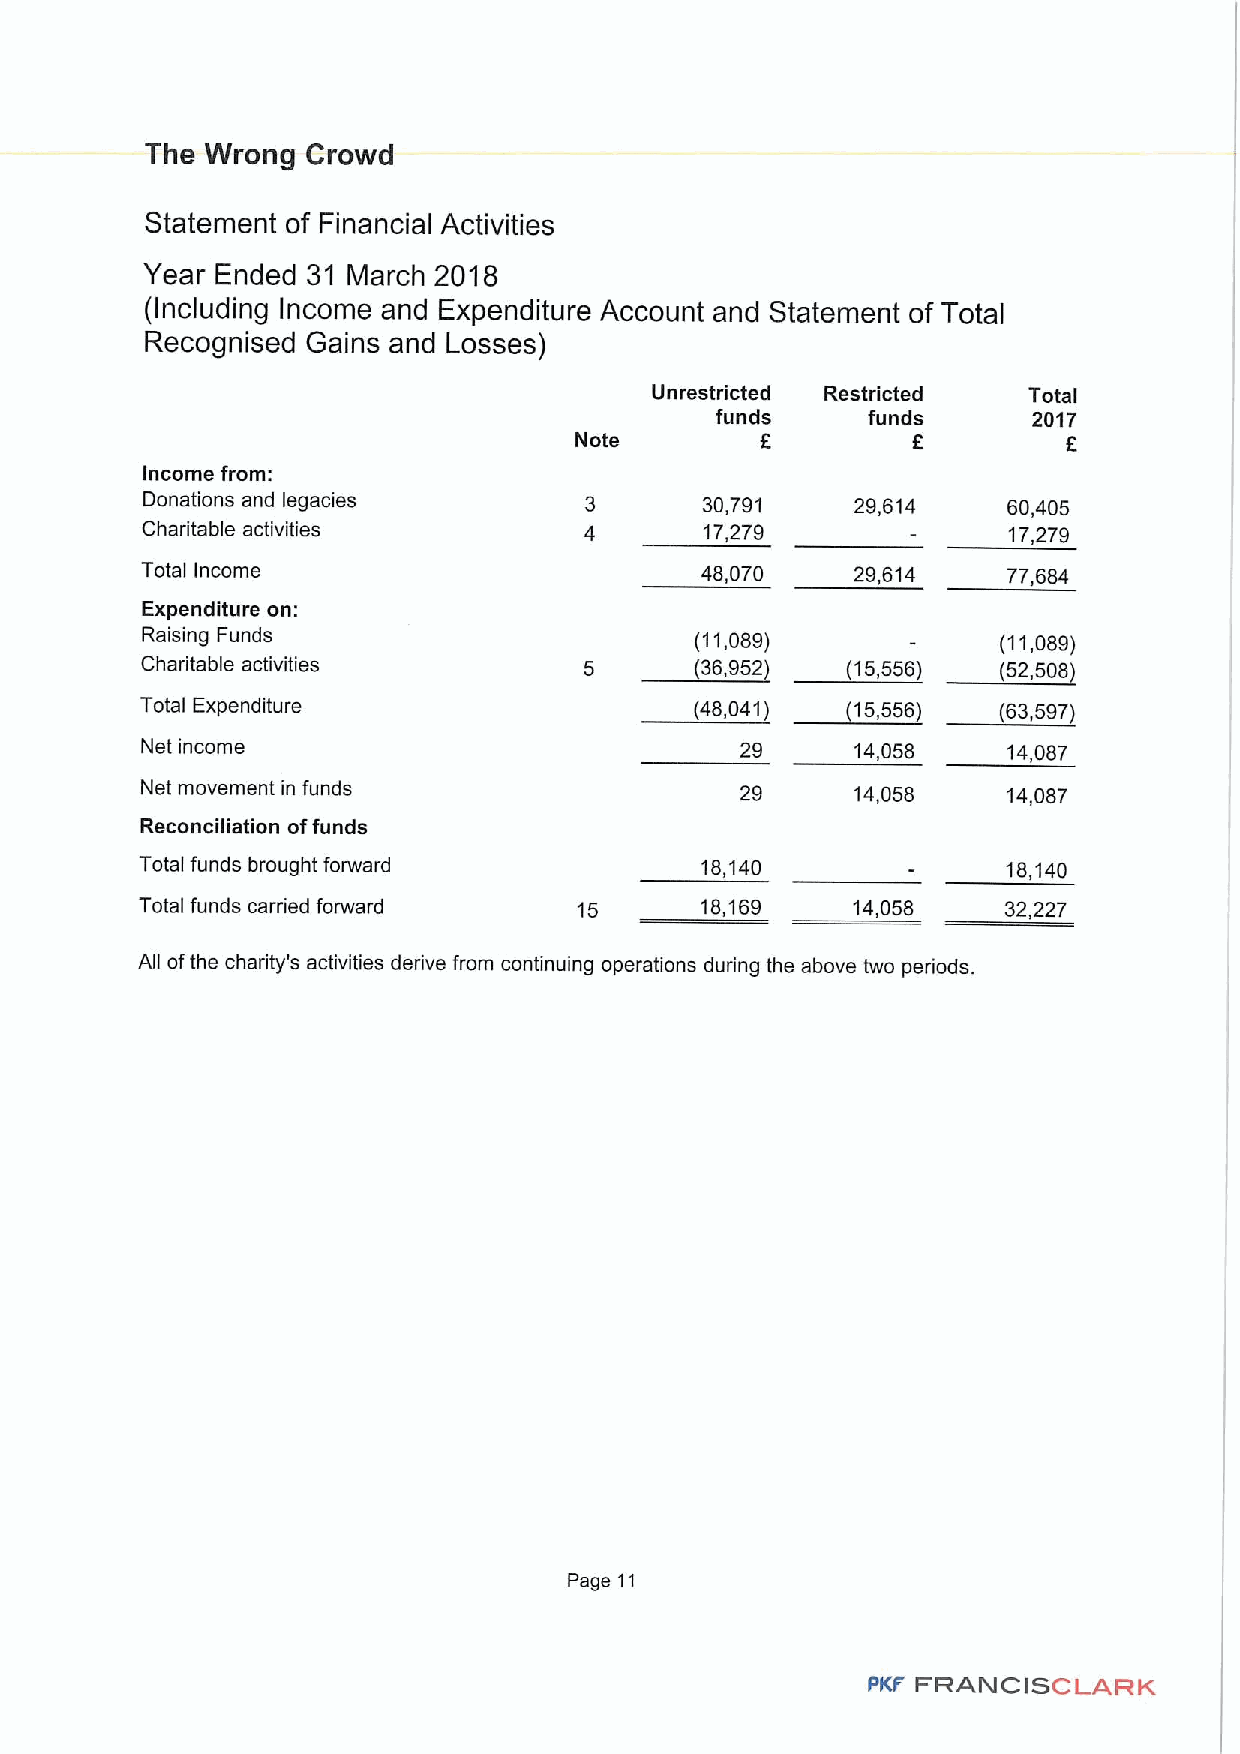
The Wrong Crowd
 Statement of Financial Activities
 Year Ended 31 March 2018
 (Including Income and Expenditure Account and Statement of Total
 Recognised Gains and Losses)
 Unrestricted Restricted  Total
 funds     funds      2017
 f
 Note        6                    F
 Income from:
 Donations and legacies                30,791    29,614    60,405
 Charitable activities                 17,279              17,279
 Total Income                         48,070     29,614    77,684
 Expenditure on:
 Raising Funds                        (11,089)            (11,089)
 Charitable activities         5      (36,952)  (15,556)  (52,508)
 Total Expenditure                    (48,041)  (15,556)  (63,597)
 Net income                              29      14,058    14,087
 Net movement in funds                   29      14,058    14,087
 Reconciliation offunds
 Total funds brought forward          18,140               18,140
 Total funds carried forward  15      18,169    14,058     32,227
 All ofthe charity's activities derive from continuing operations during the above two periods.
 Page 11
 PKF FRANCISCLARK